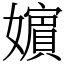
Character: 𡣕